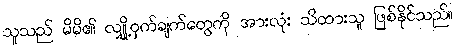
သူသည် မိမိ၏ လျှို့ဝှက်ချက်တွေကို အားလုံး သိထားသူ ဖြစ်နိုင်သည်။